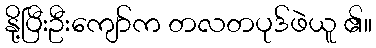
နို့ပြီးဦးကျော်က တလတပုဒ်ဖဲယူ ၏။